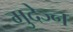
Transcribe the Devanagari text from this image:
मुदेज्न